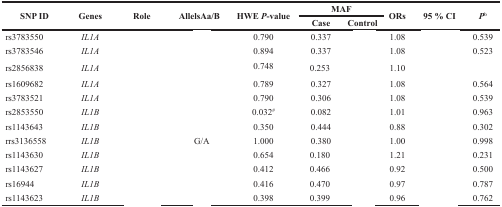
<table><thead><tr><td rowspan="2"><b>SNP ID</b></td><td rowspan="2"><b>Genes</b></td><td rowspan="2"><b>Role</b></td><td rowspan="2"><b>AllelsAa/B</b></td><td rowspan="2"><b>HWE <i>P</i>-value</b></td><td colspan="2"><b>MAF</b></td><td rowspan="2"><b>ORs</b></td><td rowspan="2"><b>95 % CI</b></td><td rowspan="2"><b><i>P</i><sup>b</sup></b></td></tr><tr><td><b>Case</b></td><td><b>Control</b></td></tr></thead><tbody><tr><td>rs3783550</td><td><i>IL1A</i></td><td>[EMPTY_CELL]</td><td>[EMPTY_CELL]</td><td>0.790</td><td>0.337</td><td>[EMPTY_CELL]</td><td>1.08</td><td>[EMPTY_CELL]</td><td>0.539</td></tr><tr><td>rs3783546</td><td><i>IL1A</i></td><td>[EMPTY_CELL]</td><td>[EMPTY_CELL]</td><td>0.894</td><td>0.337</td><td>[EMPTY_CELL]</td><td>1.08</td><td>[EMPTY_CELL]</td><td>0.523</td></tr><tr><td>rs2856838</td><td><i>IL1A</i></td><td>[EMPTY_CELL]</td><td>[EMPTY_CELL]</td><td>0.748</td><td>0.253</td><td>[EMPTY_CELL]</td><td>1.10</td><td>[EMPTY_CELL]</td><td>[EMPTY_CELL]</td></tr><tr><td>rs1609682</td><td><i>IL1A</i></td><td>[EMPTY_CELL]</td><td>[EMPTY_CELL]</td><td>0.789</td><td>0.327</td><td>[EMPTY_CELL]</td><td>1.08</td><td>[EMPTY_CELL]</td><td>0.564</td></tr><tr><td>rs3783521</td><td><i>IL1A</i></td><td>[EMPTY_CELL]</td><td>[EMPTY_CELL]</td><td>0.790</td><td>0.306</td><td>[EMPTY_CELL]</td><td>1.08</td><td>[EMPTY_CELL]</td><td>0.539</td></tr><tr><td>rs2853550</td><td><i>IL1B</i></td><td>[EMPTY_CELL]</td><td>[EMPTY_CELL]</td><td>0.032<sup>#</sup></td><td>0.082</td><td>[EMPTY_CELL]</td><td>1.01</td><td>[EMPTY_CELL]</td><td>0.963</td></tr><tr><td>rs1143643</td><td><i>IL1B</i></td><td>[EMPTY_CELL]</td><td>[EMPTY_CELL]</td><td>0.350</td><td>0.444</td><td>[EMPTY_CELL]</td><td>0.88</td><td>[EMPTY_CELL]</td><td>0.302</td></tr><tr><td>rrs3136558</td><td><i>IL1B</i></td><td>[EMPTY_CELL]</td><td>G/A</td><td>1.000</td><td>0.380</td><td>[EMPTY_CELL]</td><td>1.00</td><td>[EMPTY_CELL]</td><td>0.998</td></tr><tr><td>rs1143630</td><td><i>IL1B</i></td><td>[EMPTY_CELL]</td><td>[EMPTY_CELL]</td><td>0.654</td><td>0.180</td><td>[EMPTY_CELL]</td><td>1.21</td><td>[EMPTY_CELL]</td><td>0.231</td></tr><tr><td>rs1143627</td><td><i>IL1B</i></td><td>[EMPTY_CELL]</td><td>[EMPTY_CELL]</td><td>0.412</td><td>0.466</td><td>[EMPTY_CELL]</td><td>0.92</td><td>[EMPTY_CELL]</td><td>0.500</td></tr><tr><td>rs16944</td><td><i>IL1B</i></td><td>[EMPTY_CELL]</td><td>[EMPTY_CELL]</td><td>0.416</td><td>0.470</td><td>[EMPTY_CELL]</td><td>0.97</td><td>[EMPTY_CELL]</td><td>0.787</td></tr><tr><td>rs1143623</td><td><i>IL1B</i></td><td>[EMPTY_CELL]</td><td>[EMPTY_CELL]</td><td>0.398</td><td>0.399</td><td>[EMPTY_CELL]</td><td>0.96</td><td>[EMPTY_CELL]</td><td>0.762</td></tr></tbody></table>